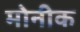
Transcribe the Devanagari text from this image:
मोनीक